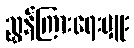
ညွှန်ကြားရေးမှူး